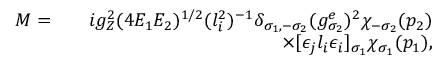
\begin{array} { r l r } { { \cal M } = } & { } & { i g _ { Z } ^ { 2 } ( 4 E _ { 1 } E _ { 2 } ) ^ { 1 / 2 } ( l _ { i } ^ { 2 } ) ^ { - 1 } \delta _ { \sigma _ { 1 } , - \sigma _ { 2 } } ( g _ { \sigma _ { 2 } } ^ { e } ) ^ { 2 } \chi _ { - \sigma _ { 2 } } ( p _ { 2 } ) } \\ & { } & { \times [ \epsilon _ { j } l _ { i } \epsilon _ { i } ] _ { \sigma _ { 1 } } \chi _ { \sigma _ { 1 } } ( p _ { 1 } ) , } \end{array}